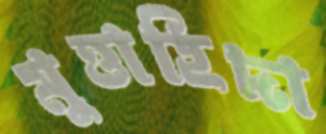
মুত্তাহিদা